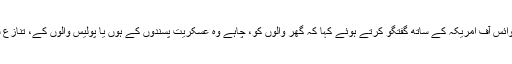
بھارت کے زیرِ انتظام جموں و کشمیر کے ڈائریکٹر جنرل آف پولیس شیش پال وید نے بدھ کو وائس آف امریکہ کے ساتھ گفتگو کرتے ہوئے کہا کہ گھر والوں کو، چاہے وہ عسکریت پسندوں کے ہوں یا پولیس والوں کے، تنازع سے دور رکھا جانا چاہیے کیوں کہ اُن کا طرفین کے درمیان جاری لڑائی سے کوئی تعلق نہیں۔